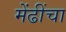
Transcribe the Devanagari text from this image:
मेंढींचा